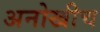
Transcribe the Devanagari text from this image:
अनोखीच